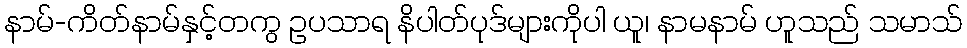
နာမ်-ကိတ်နာမ်နှင့်တကွ ဥပသာရ နိပါတ်ပုဒ်များကိုပါ ယူ၊ နာမနာမ် ဟူသည် သမာသ်